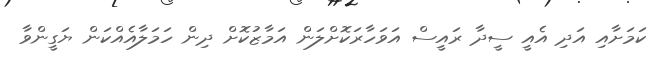
ކަމަށާއި އަދި އެއީ ސީދާ ރައީސް އަވަހާރަކޮށްލަން އަމާޒުކޮށް ދިން ހަމަލާއެއްކަން ޔަގީންވާ